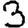
Digit: 3